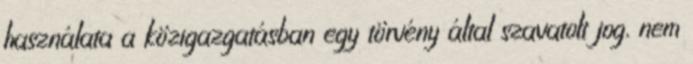
használata a közigazgatásban egy törvény által szavatolt jog, nem